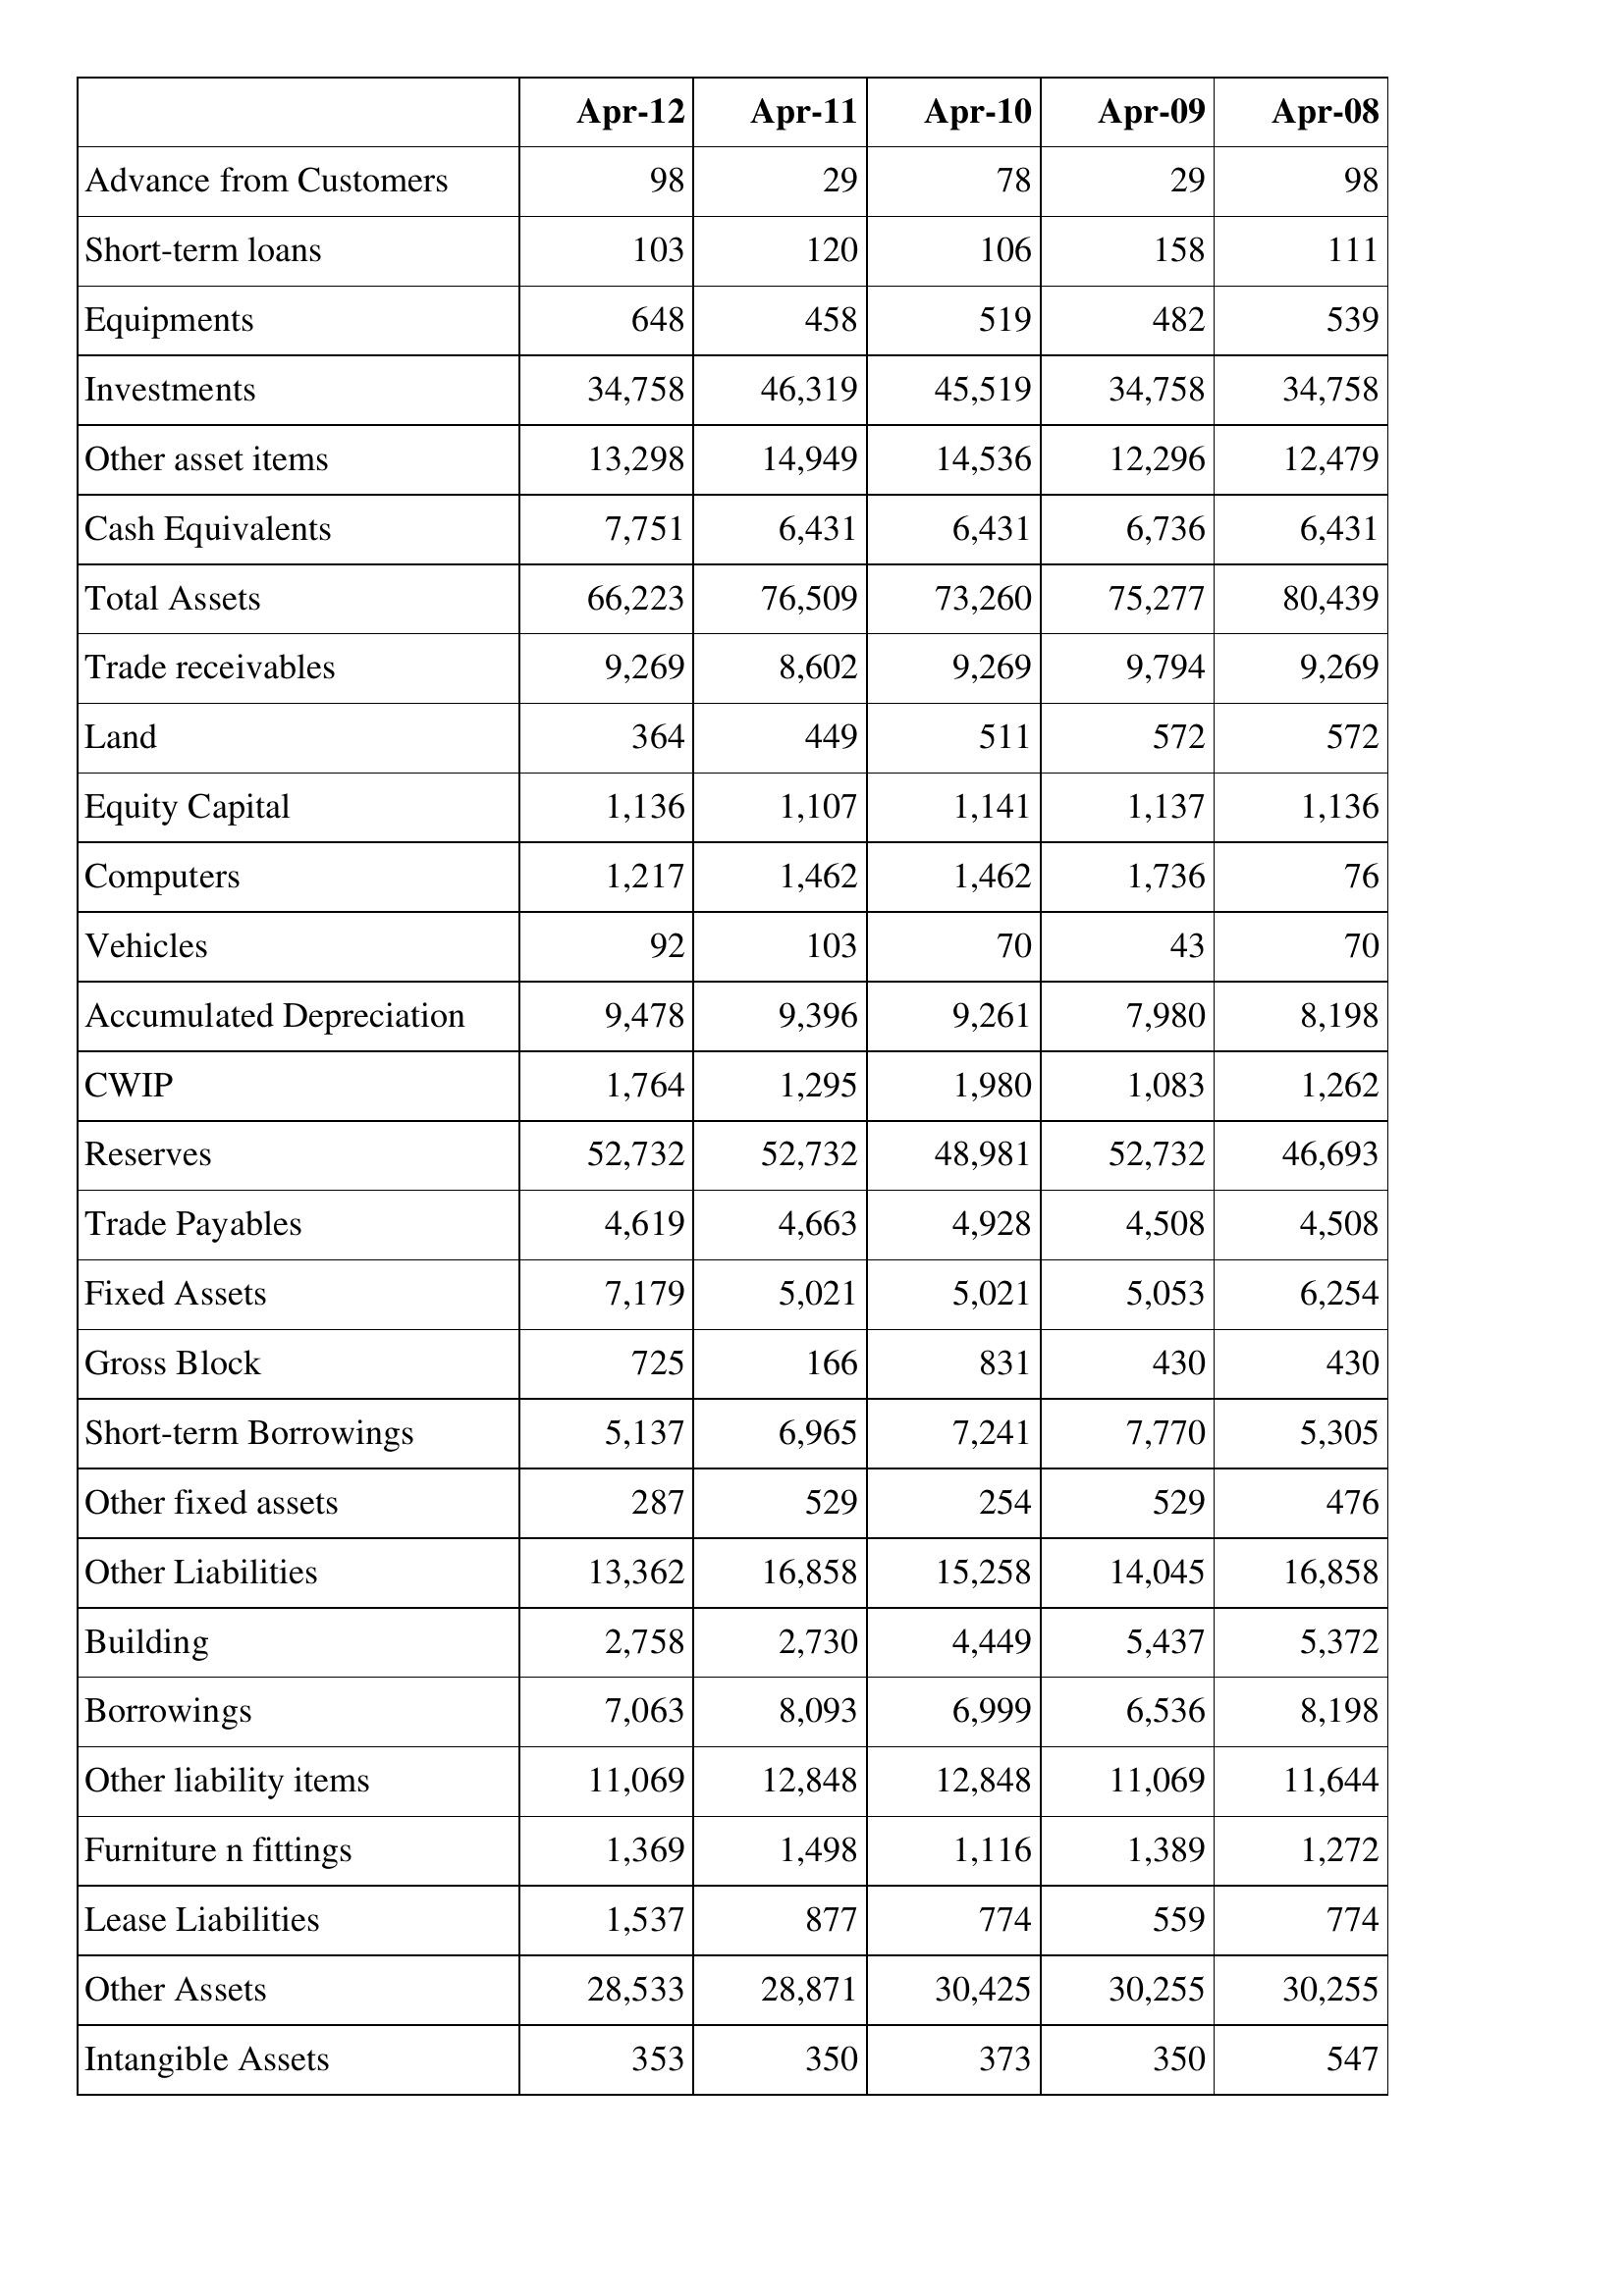
Apr-12: Balance Sheet: Advance from Customers: 98
Short-term loans: 103
Equipments: 648
Investments: 34,758
Other asset items: 13,298
Cash Equivalents: 7,751
Total Assets: 66,223
Trade receivables: 9,269
Land: 364
Equity Capital: 1,136
Computers: 1,217
Vehicles: 92
Accumulated Depreciation: 9,478
CWIP: 1,764
Reserves: 52,732
Trade Payables: 4,619
Fixed Assets: 7,179
Gross Block: 725
Short-term Borrowings: 5,137
Other fixed assets: 287
Other Liabilities: 13,362
Building: 2,758
Borrowings: 7,063
Other liability items: 11,069
Furniture n fittings: 1,369
Lease Liabilities: 1,537
Other Assets: 28,533
Intangible Assets: 353
Apr-11: Balance Sheet: Advance from Customers: 29
Short-term loans: 120
Equipments: 458
Investments: 46,319
Other asset items: 14,949
Cash Equivalents: 6,431
Total Assets: 76,509
Trade receivables: 8,602
Land: 449
Equity Capital: 1,107
Computers: 1,462
Vehicles: 103
Accumulated Depreciation: 9,396
CWIP: 1,295
Reserves: 52,732
Trade Payables: 4,663
Fixed Assets: 5,021
Gross Block: 166
Short-term Borrowings: 6,965
Other fixed assets: 529
Other Liabilities: 16,858
Building: 2,730
Borrowings: 8,093
Other liability items: 12,848
Furniture n fittings: 1,498
Lease Liabilities: 877
Other Assets: 28,871
Intangible Assets: 350
Apr-10: Balance Sheet: Advance from Customers: 78
Short-term loans: 106
Equipments: 519
Investments: 45,519
Other asset items: 14,536
Cash Equivalents: 6,431
Total Assets: 73,260
Trade receivables: 9,269
Land: 511
Equity Capital: 1,141
Computers: 1,462
Vehicles: 70
Accumulated Depreciation: 9,261
CWIP: 1,980
Reserves: 48,981
Trade Payables: 4,928
Fixed Assets: 5,021
Gross Block: 831
Short-term Borrowings: 7,241
Other fixed assets: 254
Other Liabilities: 15,258
Building: 4,449
Borrowings: 6,999
Other liability items: 12,848
Furniture n fittings: 1,116
Lease Liabilities: 774
Other Assets: 30,425
Intangible Assets: 373
Apr-09: Balance Sheet: Advance from Customers: 29
Short-term loans: 158
Equipments: 482
Investments: 34,758
Other asset items: 12,296
Cash Equivalents: 6,736
Total Assets: 75,277
Trade receivables: 9,794
Land: 572
Equity Capital: 1,137
Computers: 1,736
Vehicles: 43
Accumulated Depreciation: 7,980
CWIP: 1,083
Reserves: 52,732
Trade Payables: 4,508
Fixed Assets: 5,053
Gross Block: 430
Short-term Borrowings: 7,770
Other fixed assets: 529
Other Liabilities: 14,045
Building: 5,437
Borrowings: 6,536
Other liability items: 11,069
Furniture n fittings: 1,389
Lease Liabilities: 559
Other Assets: 30,255
Intangible Assets: 350
Apr-08: Balance Sheet: Advance from Customers: 98
Short-term loans: 111
Equipments: 539
Investments: 34,758
Other asset items: 12,479
Cash Equivalents: 6,431
Total Assets: 80,439
Trade receivables: 9,269
Land: 572
Equity Capital: 1,136
Computers: 76
Vehicles: 70
Accumulated Depreciation: 8,198
CWIP: 1,262
Reserves: 46,693
Trade Payables: 4,508
Fixed Assets: 6,254
Gross Block: 430
Short-term Borrowings: 5,305
Other fixed assets: 476
Other Liabilities: 16,858
Building: 5,372
Borrowings: 8,198
Other liability items: 11,644
Furniture n fittings: 1,272
Lease Liabilities: 774
Other Assets: 30,255
Intangible Assets: 547